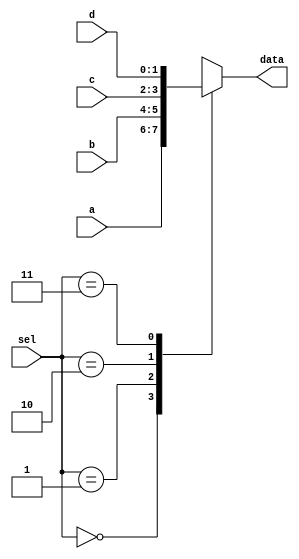
`timescale 1ns / 1ps
//////////////////////////////////////////////////////////////////////////////////
// Company: 
// Engineer: 
// 
// Design Name: 
// Module Name:    main 
// Project Name: 
// Target Devices: 
// Tool versions: 
// Description: 
//
// Dependencies: 
//
// Revision: 
// Revision 0.01 - File Created
// Additional Comments: 
//
//////////////////////////////////////////////////////////////////////////////////
module main(
    input 			[1:0] a,		//a
    input 			[1:0] b,		//b
    input 			[1:0] c,		//c
    input 			[1:0] d,		//d
	 input 			[1:0]	sel,	//sel
    output 	reg	[1:0] data		//
    );

always@(sel or a or b or c or d)
begin
	case(sel)
		2'h0:				data = a;
		2'h1:				data = b;
		2'h2:				data = c;
		2'h3:				data = d;
	endcase
end

endmodule